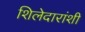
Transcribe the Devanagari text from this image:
शिलेदारांशी